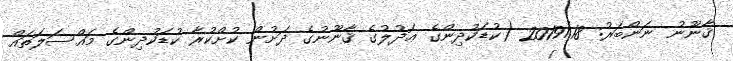
ޤާނޫނު ނަންބަރު: 2019/18 (ކުޑަކުދިންގެ ޢަދުލުގެ ޤާނޫނުގެ ދަށުން ކުށްކުރާ ކުޑަކުދިންގެ މައްސަލަތައް